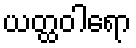
ယတ္ထဝါရော